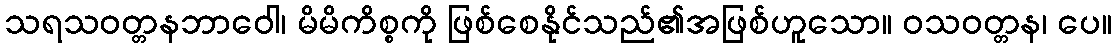
သရသဝတ္တနဘာဝေါ၊ မိမိကိစ္စကို ဖြစ်စေနိုင်သည်၏အဖြစ်ဟူသော။ ဝသဝတ္တန၊ ပေ။